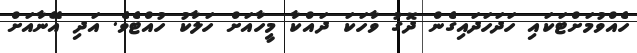
ހެއްވުމަށްޓަކައި ހަދަހަދައިގެން ދޮގު ވާހަކަ ދައްކާ މީހާއަށް ހަލާކު ހުއްޓެވެ. އަދި އޭނާއަށް